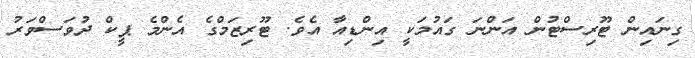
ގިނައިން ޓޫރިސްޓުން އަންނަ ގައުމަކީ އިންޑިއާ އެވެ. ޓޫރިޒަމްގެ އެންމެ ޕީކް ދުވަސްވަރު